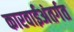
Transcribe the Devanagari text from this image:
कारवाईअंतर्गत